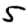
Digit: 5